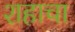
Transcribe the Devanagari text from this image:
शहाचा